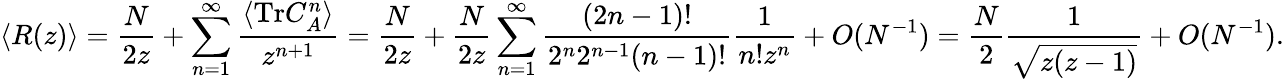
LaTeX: \langle R(z)\rangle=\frac{N}{2z}+\sum_{n=1}^{\infty}\frac{\langle\mathrm{Tr}C_{A}^{n}\rangle}{z^{n+1}}=\frac{N}{2z}+\frac{N}{2z}\sum_{n=1}^{\infty}\frac{(2n-1)!}{2^{n}2^{n-1}(n-1)!}\frac{1}{n!z^{n}}+O(N^{-1})=\frac{N}{2}\frac{1}{\sqrt{z(z-1)}}+O(N^{-1}).